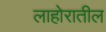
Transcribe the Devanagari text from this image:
लाहोरातील